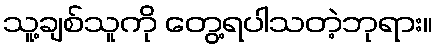
သူ့ချစ်သူကို တွေ့ရပါသတဲ့ဘုရား။